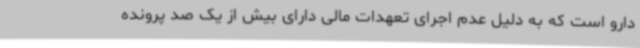
دارو است که به دلیل عدم اجرای تعهدات مالی دارای بیش از یک صد پرونده